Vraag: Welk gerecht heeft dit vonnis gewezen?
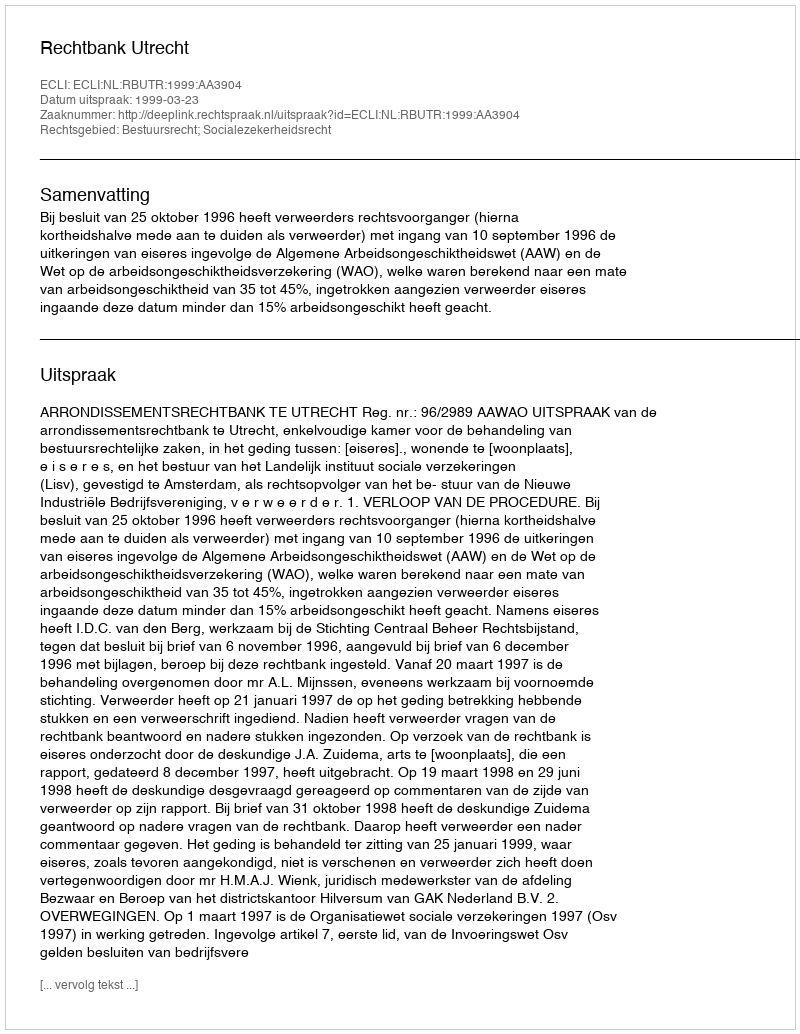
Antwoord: Rechtbank Utrecht